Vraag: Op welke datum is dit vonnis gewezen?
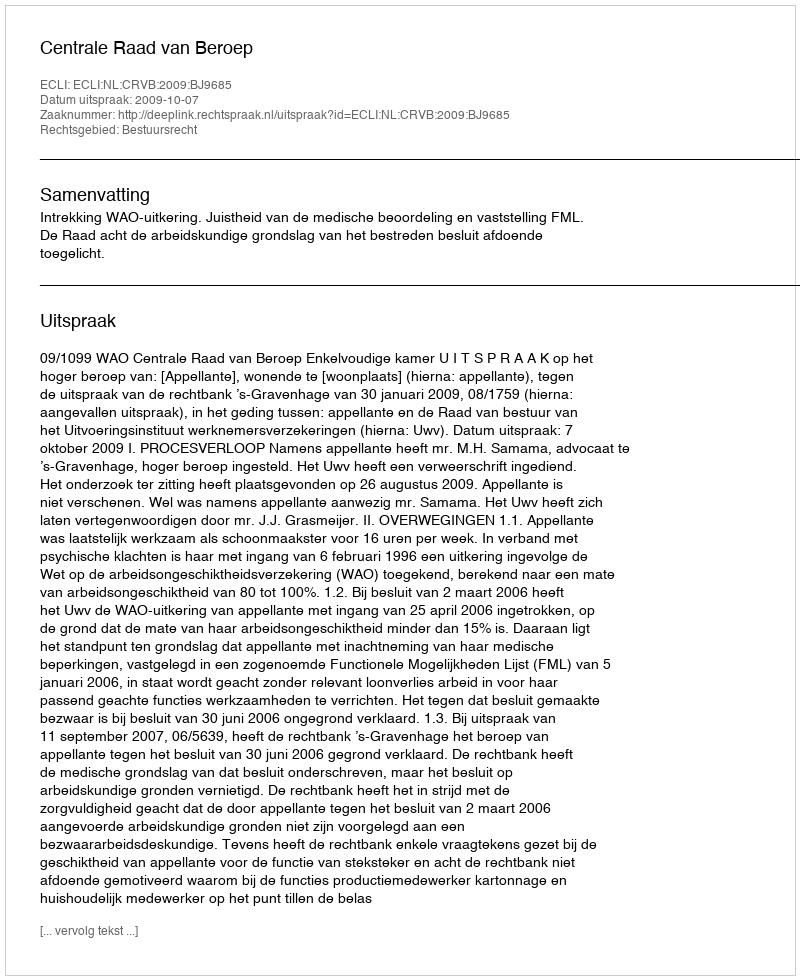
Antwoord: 2009-10-07